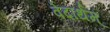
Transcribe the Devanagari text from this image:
वेदार्थम्